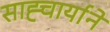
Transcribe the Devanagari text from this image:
साह्चार्याने